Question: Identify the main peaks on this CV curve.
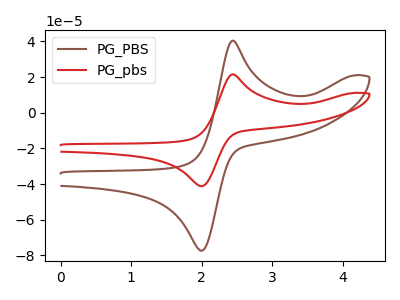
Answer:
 <answer>The brown curve "PG_PBS" has an anodic peak at (2.45V, 40.45uA) and a cathodic peak at (2.00V, -77.25uA). The red curve "PG_pbs" has an anodic peak at (2.45V, 21.55uA) and a cathodic peak at (2.00V, -41.15uA).</answer>
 <eval></eval>